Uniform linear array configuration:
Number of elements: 32
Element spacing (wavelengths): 0.75
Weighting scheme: blackman
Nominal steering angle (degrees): -30
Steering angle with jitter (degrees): -28.65
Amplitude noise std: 0.05
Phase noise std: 0.05

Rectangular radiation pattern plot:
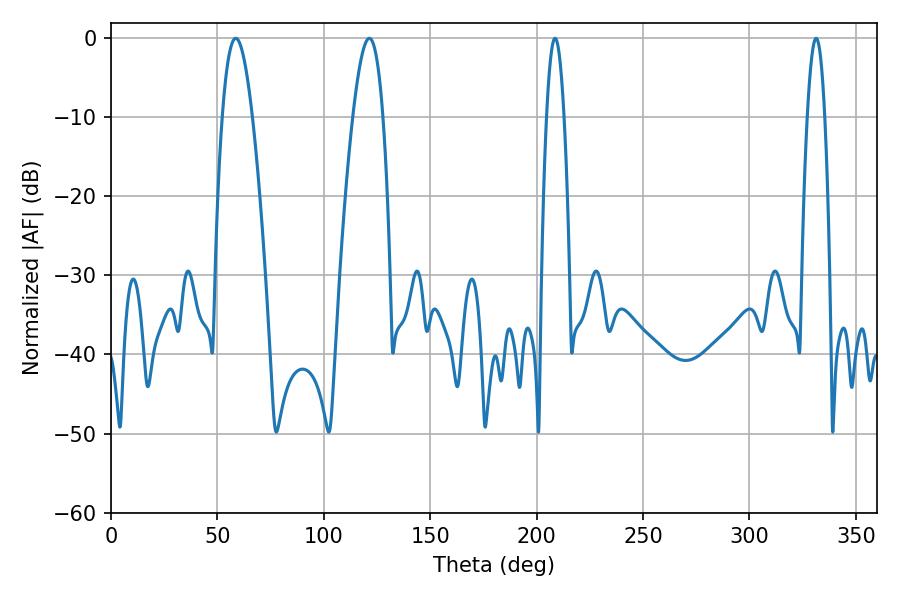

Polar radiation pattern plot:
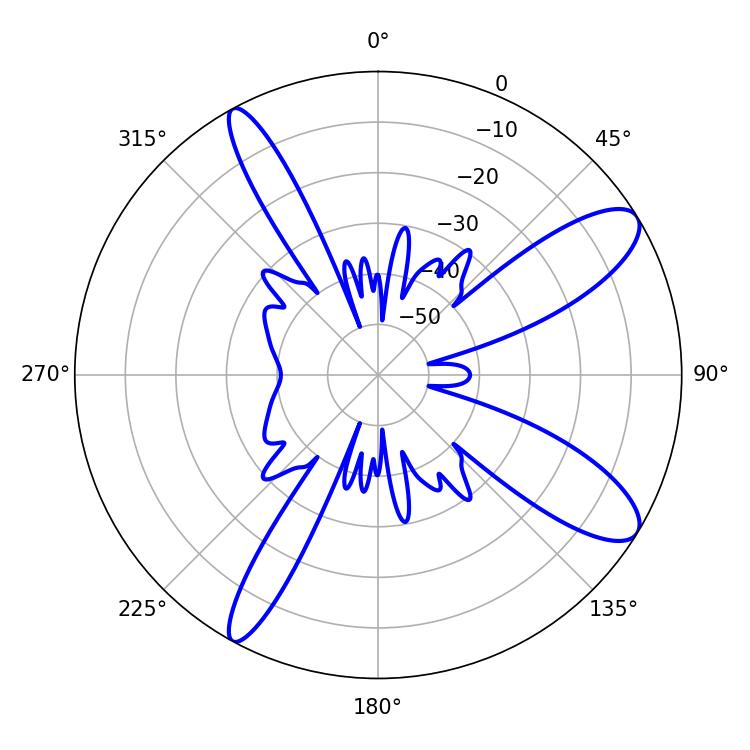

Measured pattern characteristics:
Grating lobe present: TRUE
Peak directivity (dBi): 10.772
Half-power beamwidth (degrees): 7.74
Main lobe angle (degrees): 58.68